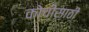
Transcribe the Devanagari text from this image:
कोचीसाठी